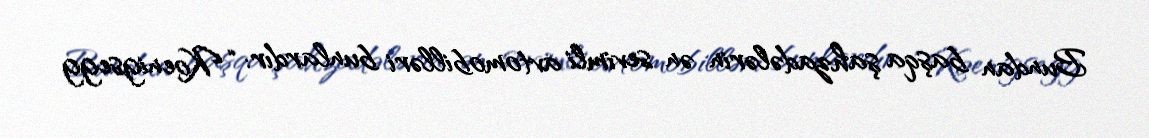
Bundan başqa şahzadələrin ən sevimli avtomobilləri bunlardır: “Koenigsegg